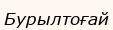
Бурылтоғай